Vaccination in Bombay 1902-1912 - 1902-1912
Year: 1902
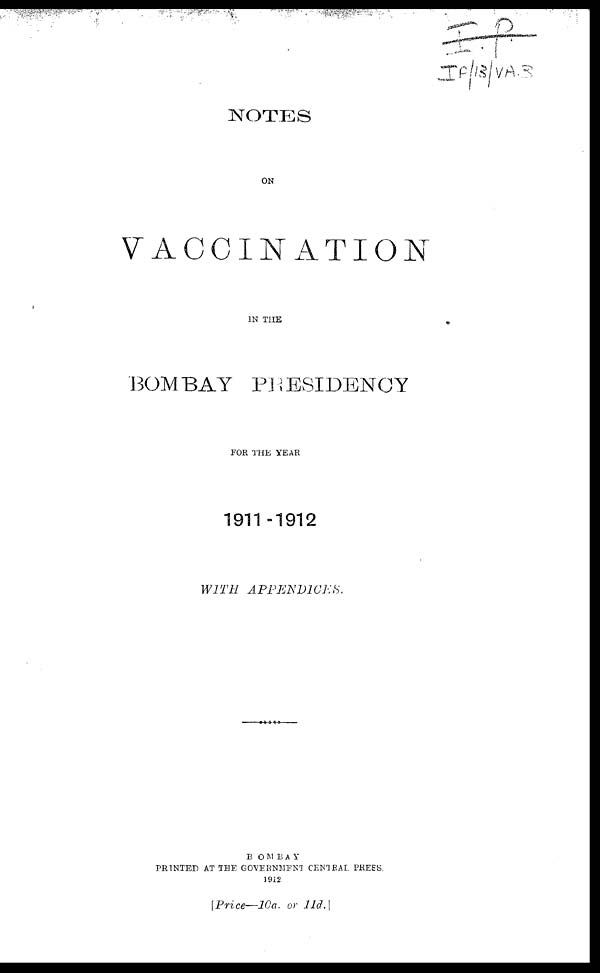
NOTES
ON
VACCINATION
IN THE
BOMBAY PRESIDENCY
FOR THE YEAR
1911-1912
WITH
APPENDICES.
BOMBAY
PRINTED AT THE GOVERNMENT CENTRAL PRESS.
1912
[Price—10a. or 11d.]